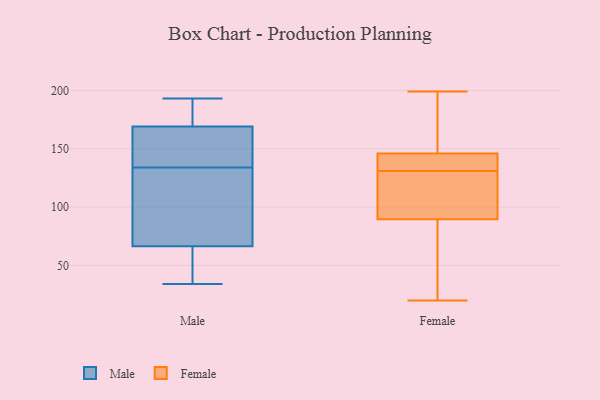
{"axis": {"x": "Market Share (%)", "y": "Value"}, "legend": ["Female", "Male"], "data": [{"x": "", "y": 75, "type": "Male"}, {"x": "", "y": 193, "type": "Male"}, {"x": "", "y": 58, "type": "Male"}, {"x": "", "y": 186, "type": "Male"}, {"x": "", "y": 47, "type": "Male"}, {"x": "", "y": 34, "type": "Male"}, {"x": "", "y": 153, "type": "Male"}, {"x": "", "y": 150, "type": "Male"}, {"x": "", "y": 141, "type": "Male"}, {"x": "", "y": 185, "type": "Male"}, {"x": "", "y": 94, "type": "Male"}, {"x": "", "y": 127, "type": "Male"}, {"x": "", "y": 182, "type": "Female"}, {"x": "", "y": 131, "type": "Female"}, {"x": "", "y": 23, "type": "Female"}, {"x": "", "y": 187, "type": "Female"}, {"x": "", "y": 115, "type": "Female"}, {"x": "", "y": 88, "type": "Female"}, {"x": "", "y": 199, "type": "Female"}, {"x": "", "y": 129, "type": "Female"}, {"x": "", "y": 20, "type": "Female"}, {"x": "", "y": 94, "type": "Female"}, {"x": "", "y": 146, "type": "Female"}, {"x": "", "y": 140, "type": "Female"}, {"x": "", "y": 132, "type": "Female"}, {"x": "", "y": 146, "type": "Female"}, {"x": "", "y": 80, "type": "Female"}]}